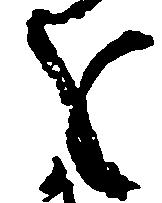
を